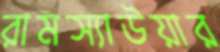
রামস্যাউয়ার